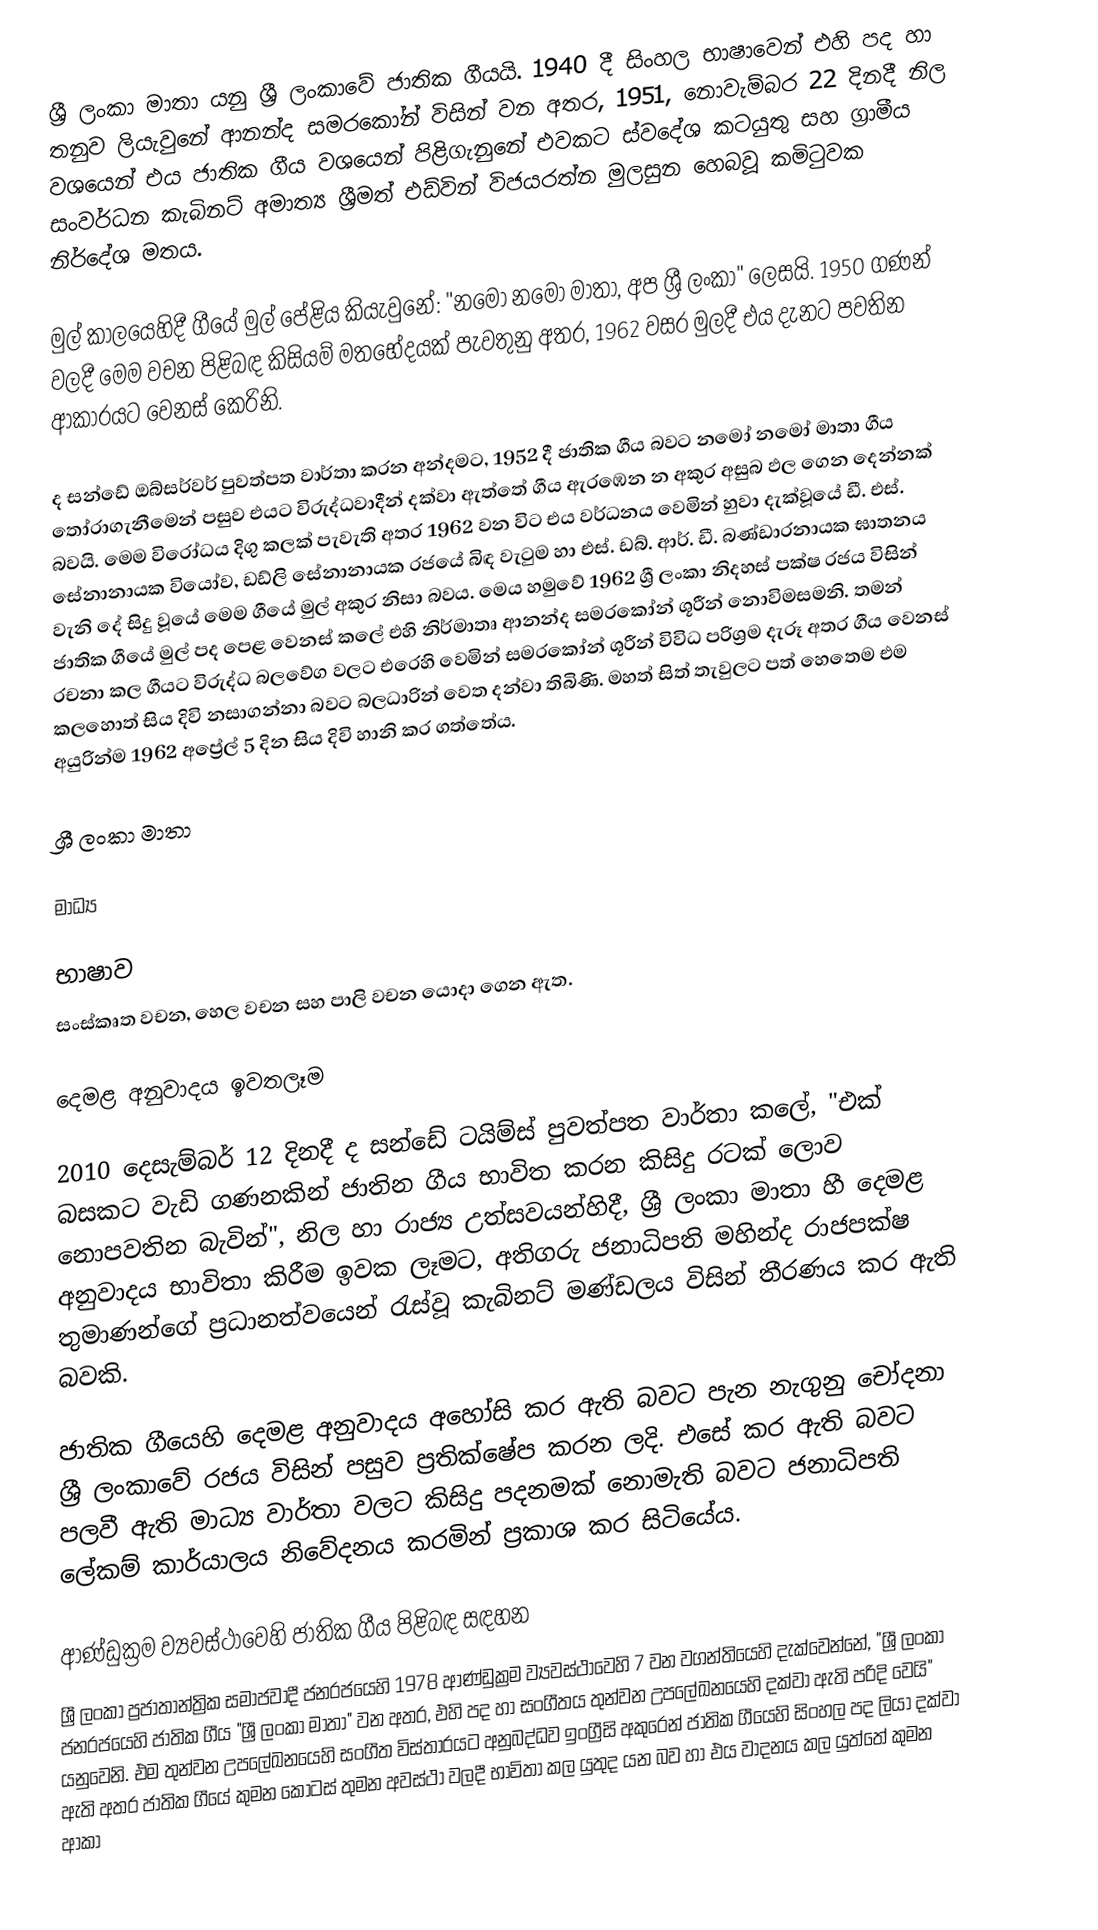
ශ්‍රී ලංකා මාතා යනු ශ්‍රී ලංකාවේ ජාතික ගීයයි. 1940  දී   සිංහල භාෂාවෙන්  එහි පද හා තනුව ලියැවුනේ ආනන්ද සමරකෝන් විසින් වන අතර, 1951, නොවැම්බර 22 දිනදී නිල වශයෙන් එය ජාතික ගීය වශයෙන් පිළිගැනුනේ එවකට ස්වදේශ කටයුතු සහ ග්‍රාමීය සංවර්ධන කැබිනට් අමාත්‍ය ශ්‍රීමත් එඩ්වින් විජයරත්න මුලසුන හෙබවූ කමිටුවක නිර්දේශ මතය.

මුල් කාලයෙහිදී ගීයේ මුල් පේළිය කියැවුනේ: "නමෝ නමෝ මාතා, අප ශ්‍රී ලංකා" ලෙසයි.  1950 ගණන් වලදී මෙම වචන පිළිබඳ කිසියම් මතභේදයක් පැවතුනු අතර, 1962 වසර මුලදී එය දැනට පවතින ආකාරයට වෙනස් කෙරිනි.

ද සන්ඩේ ඔබ්සර්වර් පුවත්පත වාර්තා කරන අන්දමට, 1952 දී ජාතික ගීය බවට නමෝ නමෝ මාතා ගීය තෝරාගැනීමෙන් පසුව එයට විරුද්ධවාදීන් දක්වා ඇත්තේ ගීය ඇරඹෙන න අකුර අසුබ ඵල ගෙන දෙන්නක් බවයි. මෙම විරෝධය දිගු කලක් පැවැති අතර 1962 වන විට එය වර්ධනය වෙමින් හුවා දැක්වූයේ ඩී. එස්. සේනානායක වියෝව, ඩඩ්ලි සේනානායක රජයේ බිඳ වැටුම හා එස්. ඩබ්. ආර්. ඩී. බණ්ඩාරනායක ඝාතනය වැනි දේ සිදු වූයේ මෙම ගීයේ මුල් අකුර නිසා බවය. මෙය හමුවේ 1962 ශ්‍රී ලංකා නිදහස් පක්ෂ රජය විසින් ජාතික ගීයේ මුල් පද පෙළ වෙනස් කලේ එහි නිර්මාතෘ ආනන්ද සමරකෝන් ශූරීන් නොවිමසමනි. තමන් රචනා කල ගීයට විරුද්ධ බලවේග වලට එරෙහි වෙමින් සමරකෝන් ශූරීන් විවිධ පරිශ්‍රම දැරූ අතර ගීය වෙනස් කලහොත් සිය දිවි නසාගන්නා බවට බලධාරින් වෙත දන්වා තිබිණි. මහත් සිත් තැවුලට පත් හෙතෙම එම අයුරින්ම 1962 අප්‍රේල් 5 දින සිය දිවි හානි කර ගත්තේය.

ශ්‍රී ලංකා මාතා

මාධ්‍ය

භාෂාව
සංස්කෘත වචන, හෙල වචන සහ පාලි වචන යොදා ගෙන ඇත.

දෙමළ අනුවාදය ඉවතලෑම

2010 දෙසැම්බර් 12 දිනදී  ද සන්ඩේ ටයිම්ස් පුවත්පත වාර්තා කලේ,  "එක් බසකට වැඩි ගණනකින් ජාතින ගීය භාවිත කරන කිසිදු රටක් ලොව නොපවතින බැවින්", නිල හා රාජ්‍ය උත්සවයන්හිදී,  ශ්‍රී ලංකා මාතා හී දෙමළ අනුවාදය භාවිතා කිරීම ඉවක ලෑමට, අතිගරු ජනාධිපති මහින්ද රාජපක්ෂ තුමාණන්ගේ ප්‍රධානත්වයෙන් රැස්වූ කැබිනට් මණ්ඩලය විසින්  තීරණය කර ඇති බවකි.

ජාතික ගීයෙහි දෙමළ අනුවාදය අහෝසි කර ඇති බවට පැන නැගුනු චෝදනා ශ්‍රී ලංකාවේ රජය විසින් පසුව ප්‍රතික්ෂේප කරන ලදි. එසේ කර ඇති බවට පලවී ඇති මාධ්‍ය වාර්තා වලට කිසිදු පදනමක් නොමැති බවට ජනාධිපති ලේකම් කාර්යාලය නිවේදනය කරමින් ප්‍රකාශ කර සිටියේය.

ආණ්ඩුක්‍රම ව්‍යවස්ථාවෙහි ජාතික ගීය පිළිබඳ සඳහන
ශ්‍රී ලංකා ප්‍රජාතාන්ත්‍රික සමාජවාදී ජනරජයෙහි 1978 ආණ්ඩුක්‍රම ව්‍යවස්ථාවෙහි 7 වන වගන්තියෙහි දැක්වෙන්නේ, "ශ්‍රී ලංකා ජනරජයෙහි ජාතික ගීය "ශ්‍රී ලංකා මාතා"  වන අතර,  එහි පද හා සංගීතය තුන්වන උප‍ලේඛනයෙහි දක්වා ඇති පරිදි වෙයි" යනුවෙනි.  එම තුන්වන උපලේඛනයෙහි සංගීත විස්තාරයට අනුබද්ධව ඉංග්‍රීසි අකුරෙන් ජාතික ගීයෙහි සිංහල පද ලියා දක්වා ඇති අතර ජාතික ගීයේ කුමන කොටස් තුමන අවස්ථා වලදී භාවිතා කල යුතුද යන බව හා එය වාදනය කල යුත්තේ ‍කුමන ආකා